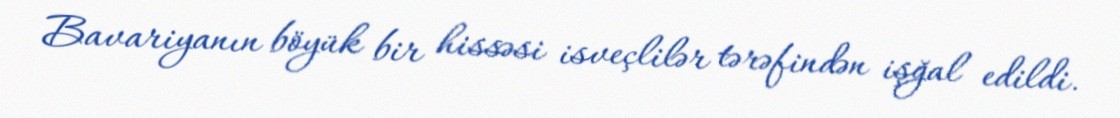
Bavariyanın böyük bir hissəsi isveçlilər tərəfindən işğal edildi.